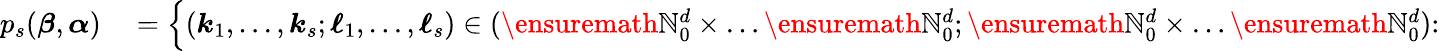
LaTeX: \begin{array}{rl}{p_{s}({\boldsymbol{\beta}},{\boldsymbol{\alpha}})}&{{}=\Big\{ ({\boldsymbol{k}}_{1},\ldots,{\boldsymbol{k}}_{s};{\boldsymbol{\ell}}_{1},\ldots,{\boldsymbol{\ell}}_{s})\in(\ensuremath{\mathbb{N}}_{0}^{d}\times\ldots\ensuremath{\mathbb{N}}_{0}^{d};\ensuremath{\mathbb{N}}_{0}^{d}\times\ldots\ensuremath{\mathbb{N}}_{0}^{d})\colon}\end{array}